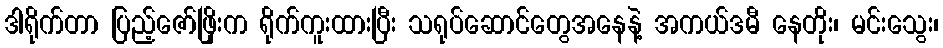
ဒါရိုက်တာ ပြည့်ဇော်ဖြိုးက ရိုက်ကူးထားပြီး သရုပ်ဆောင်တွေအနေနဲ့ အကယ်ဒမီ နေတိုး၊ မင်းသွေး၊